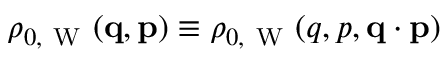
\rho _ { 0 , \mathrm { ~ W ~ } } ( \ensuremath { \mathbf { q } } , \ensuremath { \mathbf { p } } ) \equiv \rho _ { 0 , \mathrm { ~ W ~ } } ( q , p , \ensuremath { \mathbf { q } } \cdot \ensuremath { \mathbf { p } } )